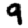
Digit: 9